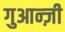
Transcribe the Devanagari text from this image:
गुआन्ज़ी